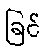
ခြင်